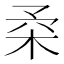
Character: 𣐱